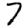
Digit: 7